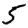
Digit: 5